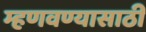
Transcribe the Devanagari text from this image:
म्हणवण्यासाठी